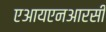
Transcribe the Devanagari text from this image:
एआयएनआरसी